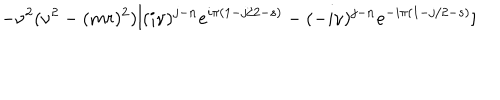
- \nu ^ { 2 } ( \nu ^ { 2 } - ( m r ) ^ { 2 } ) [ ( i \nu ) ^ { j - n } e ^ { i \pi ( 1 - j / 2 - s ) } - ( - i \nu ) ^ { j - n } e ^ { - i \pi ( 1 - j / 2 - s ) } ]